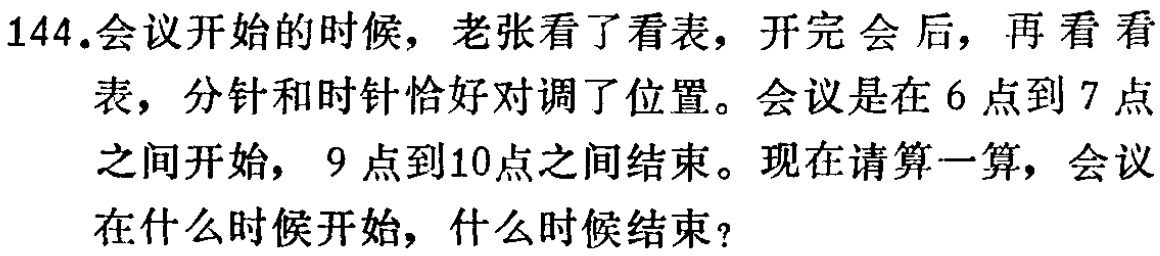
144.会议开始的时候，老张看了看表，开完会后，再看看表，分针和时针恰好对调了位置。会议是在6点到7点之间开始，9点到10点之间结束。现在请算一算，会议在什么时候开始，什么时候结束？